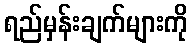
ရည်မှန်းချက်များကို